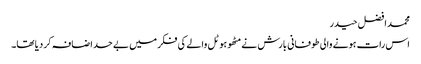
محمد افضل حیدر
اس رات ہونے والی طوفانی بارش نے مٹھو ہوٹل والے کی فکر میں بے حد اضافہ کر دیا تھا۔